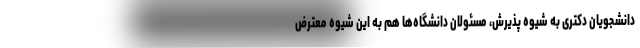
دانشجویان دکتری به شیوه پذیرش، مسئولان دانشگاه‌ها هم به این شیوه معترض